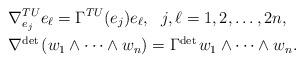
LaTeX: \begin{align*} &\nabla^{TU}_{e_j}e_{\ell}=\Gamma^{TU}(e_j)e_{\ell},\ \ j,\ell=1,2,\ldots,2n,\\&\nabla^{\mathrm{det\,}}(w_1\wedge\cdots\wedge w_n)=\Gamma^{\mathrm{det\,}}w_1\wedge\cdots\wedge w_n.\end{align*}